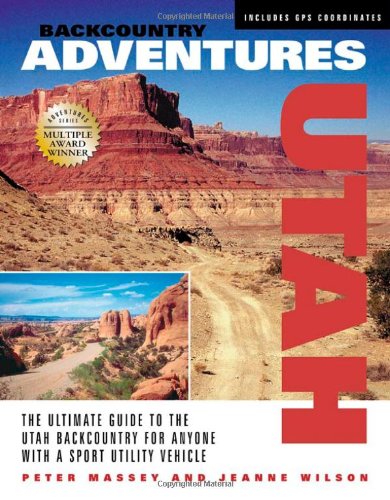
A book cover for Backcountry Adventures Utah: The Ultimate Guide to the Utah Backcountry for Anyone with a Sport Utility Vehicle; Peter Massey; Travel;